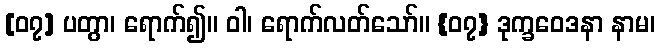
[၀၇] ပတွာ၊ ရောက်၍။ ဝါ၊ ရောက်လတ်သော်။ {၀၇} ဒုက္ခဝေဒနာ နာမ၊